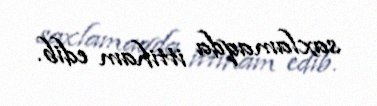
saxlamaqda ittiham edib.